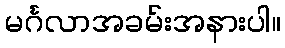
မင်္ဂလာအခမ်းအနားပါ။